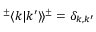
\begin{array} { r } { ^ \pm \langle k | k ^ { \prime } \rangle \! \rangle ^ { \pm } = \delta _ { k , k ^ { \prime } } } \end{array}